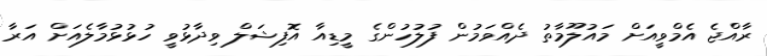
ރާއްޖެ އެމްވީއަށް މައުލޫމާތު ދެއްވަމުން ފުލުހުންގެ މީޑިއާ އޮފިޝަލް ވިދާޅުވީ ހުޅުޅުމާލެއަށް އަރާ